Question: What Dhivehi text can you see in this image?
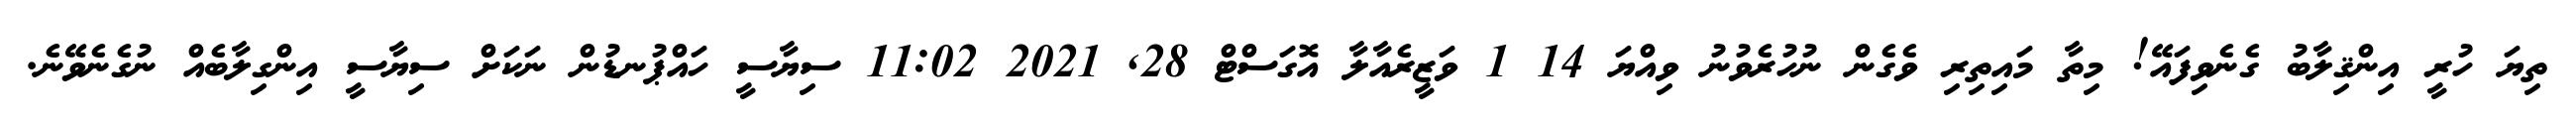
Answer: ތިޔަ ހުރީ އިންޤިލާބު ގެނެވިފައޭ! މިތާ މައިތިރި ވެގެން ނުހުރެވުނު ވިއްޔަ 14 1 ވަޒީރެއާލާ އޮގަސްޓް 28, 2021 11:02 ސިޔާސީ ހައްޕުނޑުން ނަކަށް ސިޔާސީ އިންގިލާބެއް ނުގެނެވޭނެ.